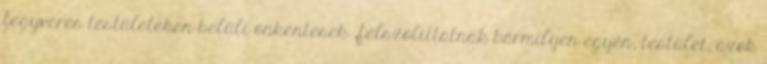
fegyveres testületeken belüli önkéntesek „felszólíttatnak bármilyen egyén, testület, azok